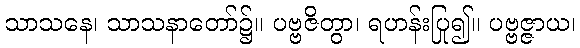
သာသနေ၊ သာသနာတော်၌။ ပဗ္ဗဇိတွာ၊ ရဟန်းပြု၍။ ပဗ္ဗဇ္ဇာယ၊